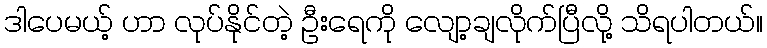
ဒါပေမယ့် ဟာ လုပ်နိုင်တဲ့ ဦးရေကို လျော့ချလိုက်ပြီလို့ သိရပါတယ်။